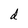
Character: d